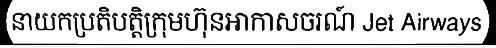
នាយកប្រតិបត្តិក្រុមហ៊ុនអាកាសចរណ៍ Jet Airways